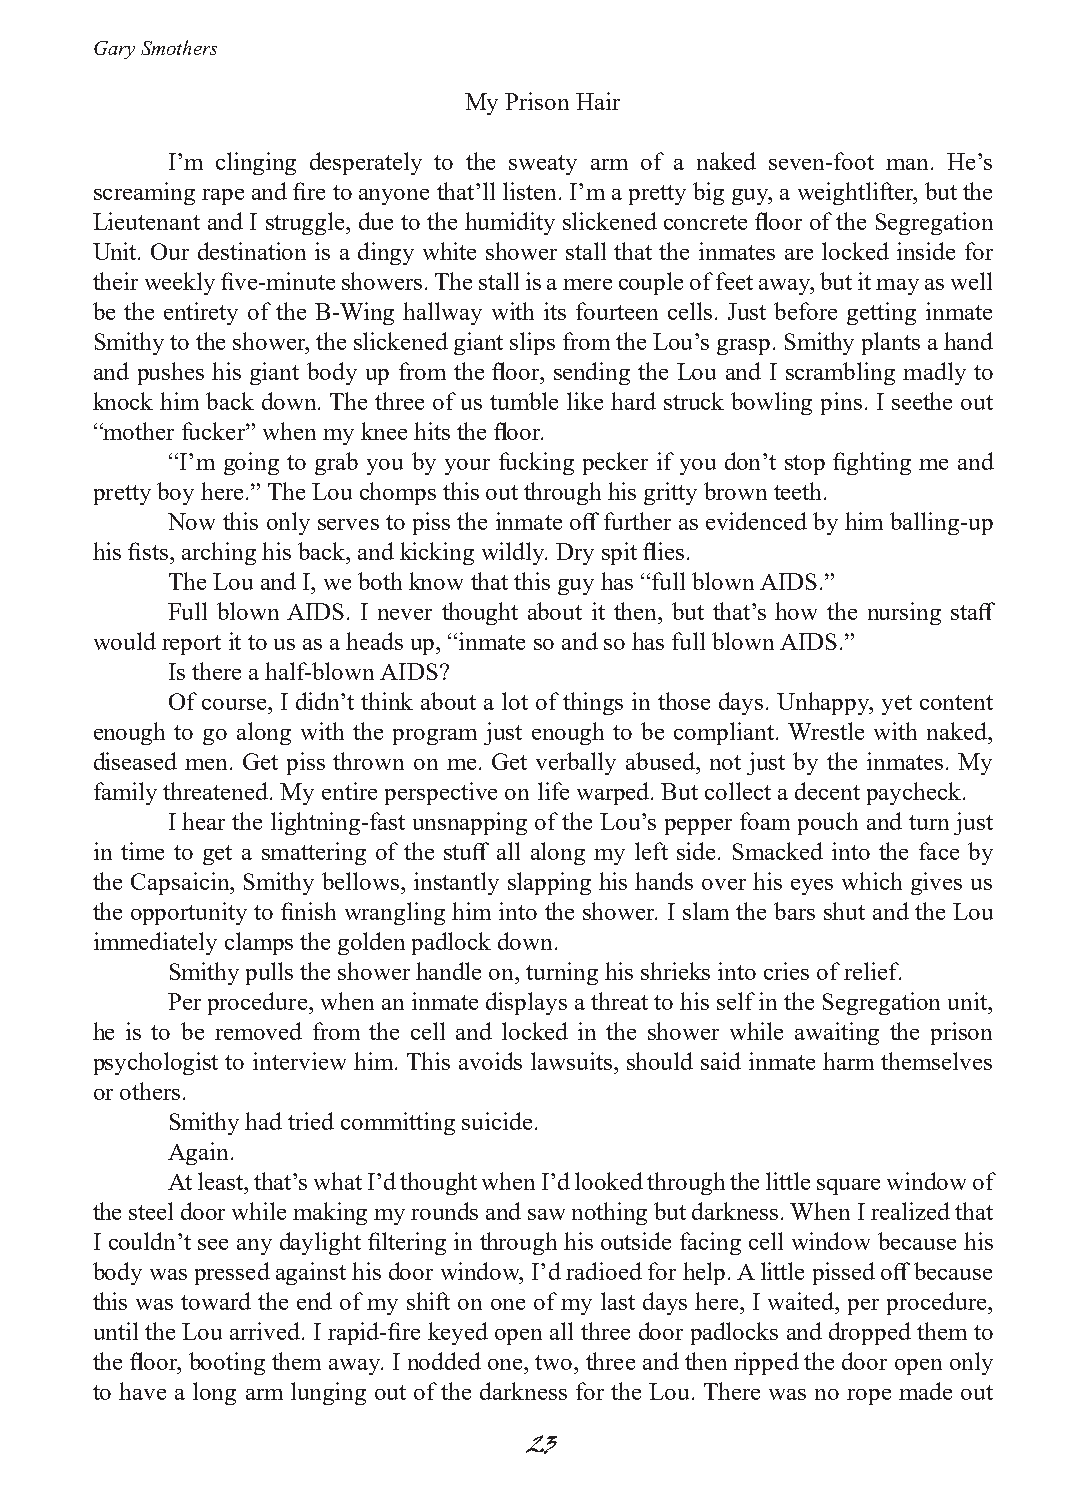
Gary Smothers
 My Prison Hair
 I’m clinging desperately to the sweaty arm of a naked seven-foot man. He’s
 screaming rape and fire to anyone that’ll listen. I’m a pretty big guy, a weightlifter, but the
 Lieutenant and I struggle, due to the humidity slickened concrete floor of the Segregation
 Unit. Our destination is a dingy white shower stall that the inmates are locked inside for
 their weekly five-minute showers. The stall is a mere couple of feet away, but it may as well
 be the entirety of the B-Wing hallway with its fourteen cells. Just before getting inmate
 Smithy to the shower, the slickened giant slips from the Lou’s grasp. Smithy plants a hand
 and pushes his giant body up from the floor, sending the Lou and I scrambling madly to
 knock him back down. The three of us tumble like hard struck bowling pins. I seethe out
 “mother fucker” when my knee hits the floor.
 “I’m going to grab you by your fucking pecker if you don’t stop fighting me and
 pretty boy here.” The Lou chomps this out through his gritty brown teeth.
 Now this only serves to piss the inmate off further as evidenced by him balling-up
 his fists, arching his back, and kicking wildly. Dry spit flies.
 The Lou and I, we both know that this guy has “full blown AIDS.”
 Full blown AIDS. I never thought about it then, but that’s how the nursing staff
 would report it to us as a heads up, “inmate so and so has full blown AIDS.”
 Is there a half-blown AIDS?
 Of course, I didn’t think about a lot of things in those days. Unhappy, yet content
 enough to go along with the program just enough to be compliant. Wrestle with naked,
 diseased men. Get piss thrown on me. Get verbally abused, not just by the inmates. My
 family threatened. My entire perspective on life warped. But collect a decent paycheck.
 I hear the lightning-fast unsnapping of the Lou’s pepper foam pouch and turn just
 in time to get a smattering of the stuff all along my left side. Smacked into the face by
 the Capsaicin, Smithy bellows, instantly slapping his hands over his eyes which gives us
 the opportunity to finish wrangling him into the shower. I slam the bars shut and the Lou
 immediately clamps the golden padlock down.
 Smithy pulls the shower handle on, turning his shrieks into cries of relief.
 Per procedure, when an inmate displays a threat to his self in the Segregation unit,
 he is to be removed from the cell and locked in the shower while awaiting the prison
 psychologist to interview him. This avoids lawsuits, should said inmate harm themselves
 or others.
 Smithy had tried committing suicide.
 Again.
 At least, that’s what I’d thought when I’d looked through the little square window of
 the steel door while making my rounds and saw nothing but darkness. When I realized that
 I couldn’t see any daylight filtering in through his outside facing cell window because his
 body was pressed against his door window, I’d radioed for help. A little pissed off because
 this was toward the end of my shift on one of my last days here, I waited, per procedure,
 until the Lou arrived. I rapid-fire keyed open all three door padlocks and dropped them to
 the floor, booting them away. I nodded one, two, three and then ripped the door open only
 to have a long arm lunging out of the darkness for the Lou. There was no rope made out
 23